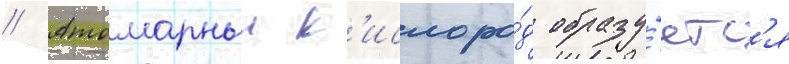
// Атомарныи к'ислоро́д образу́етс'я